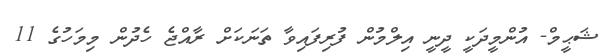
ޝަޙީމް- އުންމީދަކީ ދީނީ އިލްމުން ފުރިފައިވާ ތަނަކަށް ރާއްޖެ ހެދުން މިމަހުގެ 11